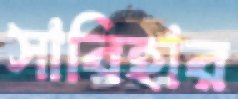
সাবিহার